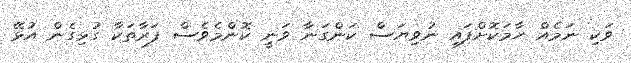
ވަކި ނަމެއް ހާމަކޮށްފައި ނުވިޔަސް ކަންގަނާ ވަނީ ކޮންމެވެސް ފަރާތަކާ ގުޅިގެން އުޅޭ